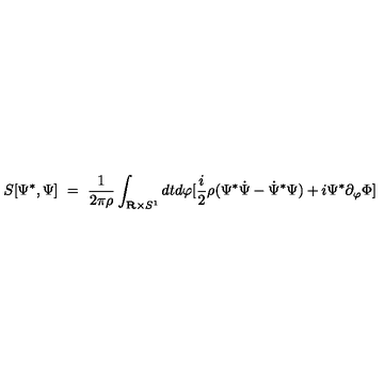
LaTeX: S [ \Psi ^ { * } , \Psi ] \ = \ { \frac { 1 } { 2 \pi \rho } } \int _ { { \bf R } \times S ^ { 1 } } d t d \varphi [ { \frac { i } { 2 } } \rho ( \Psi ^ { * } { \dot { \Psi } } - { \dot { \Psi } } ^ { * } \Psi ) + i \Psi ^ { * } \partial _ { \varphi } \Phi ]